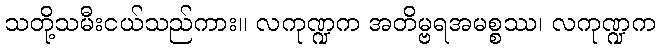
သတို့သမီးငယ်သည်ကား။ လကုဏ္ဍက အတိမ္ဗရအမစ္စဿ၊ လကုဏ္ဍက